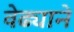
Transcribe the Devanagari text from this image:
वेढ्याने